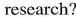
research?